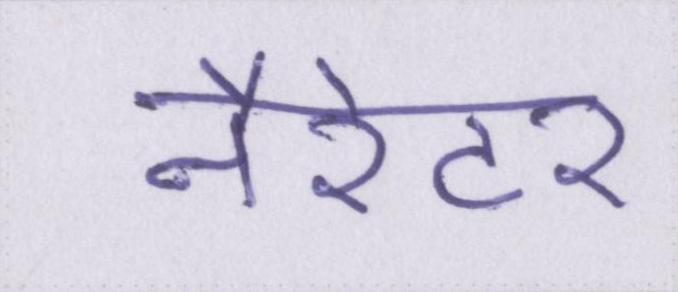
नैरेटर